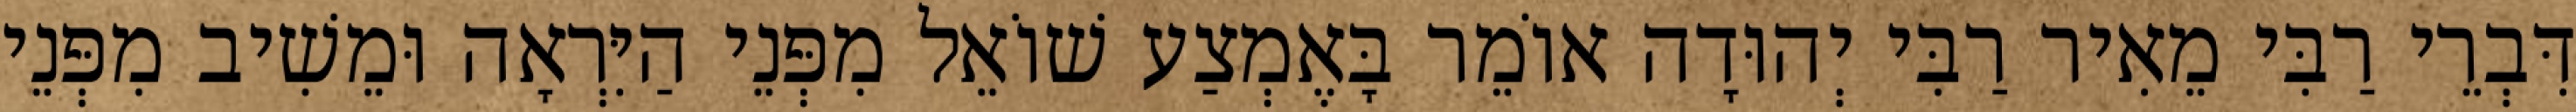
דִּבְרֵי רַבִּי מֵאִיר רַבִּי יְהוּדָה אוֹמֵר בָּאֶמְצַע שׁוֹאֵל מִפְּנֵי הַיִּרְאָה וּמֵשִׁיב מִפְּנֵי